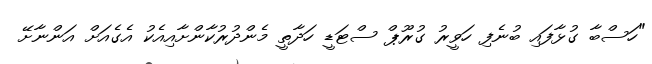
"ހަސްބާ ގުޅާފައި ބުނެފި ހަވީރު ގުރޫޕް ސްޓަޑީ ހަދާތީ މެންދުރުކާންށާއިއެކު އެގެއަށް އަންނާށޭ